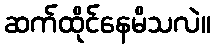
ဆက်ထိုင်နေမိသလဲ။